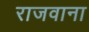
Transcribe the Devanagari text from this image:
राजवाना